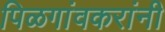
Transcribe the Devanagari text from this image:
पिळगांवकरांनी